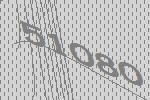
51080